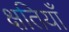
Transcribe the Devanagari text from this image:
क्षतियाँ